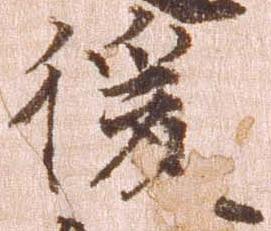
後